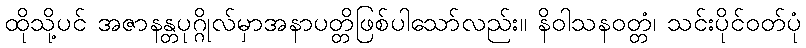
ထိုသို့ပင် အဇာနန္တပုဂ္ဂိုလ်မှာအနာပတ္တိဖြစ်ပါသော်လည်း။ နိဝါသနဝတ္တံ၊ သင်းပိုင်ဝတ်ပုံ